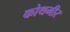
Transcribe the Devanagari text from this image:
कोथमीर